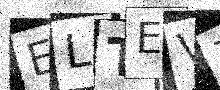
Text: ELTEV7